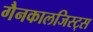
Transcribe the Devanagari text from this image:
गैनकालजिस्ट्स